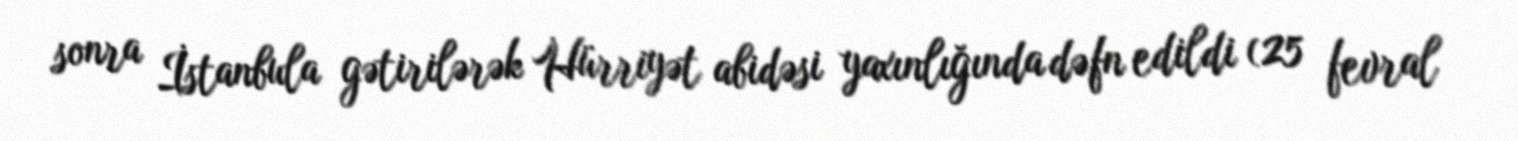
sonra İstanbula gətirilərək Hürriyət abidəsi yaxınlığında dəfn edildi (25 fevral